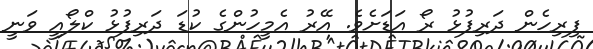
ފިރިހެން ދަރިފުޅު ރޯ އަޑަށެވެ. އޭރު އެމީހުންގެ ކުޑަ ދަރިފުޅު ކްލޯއީ ވަނީ